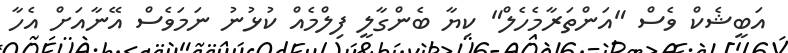
އަބީޝެކް ވެސް "އަންތަރާމެހެލް" ކިޔާ ބެންގާލީ ފިލްމެއް ކުޅުނު ނަމަވެސް އޭނާއަށް އެހާ